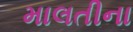
માલતીના